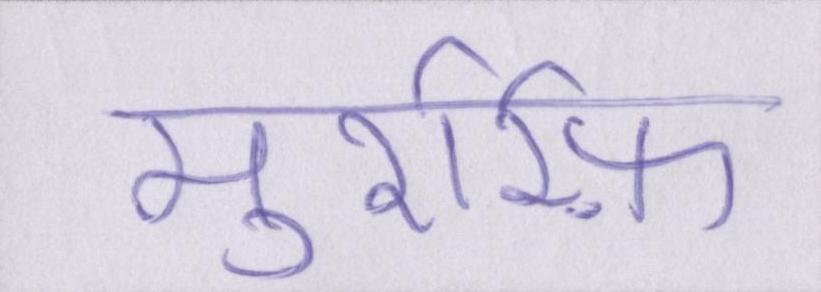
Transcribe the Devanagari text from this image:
मुशर्रफ़